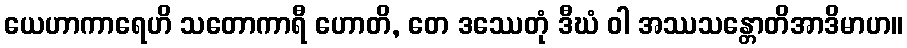
ယေဟာကာရေဟိ သတောကာရီ ဟောတိ, တေ ဒဿေတုံ ဒီဃံ ဝါ အဿသန္တောတိအာဒိမာဟ။